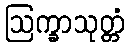
ဩက္ခာသုတ္တံ